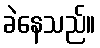
ခဲနေသည်။